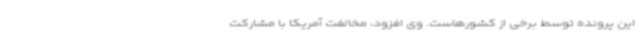
این پرونده توسط برخی از کشورهاست. وی افزود، مخالفت آمریکا با مشارکت